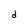
Character: d